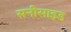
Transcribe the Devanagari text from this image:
सनीसाइड